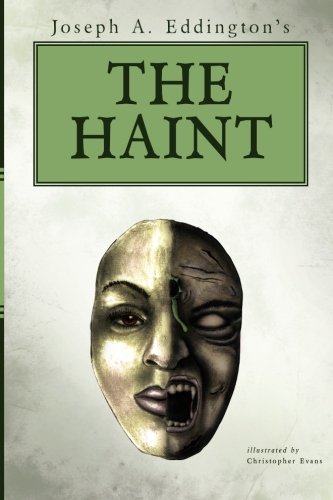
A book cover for Joseph A. Eddington's THE HAINT; Joseph A. Eddington; Literature & Fiction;